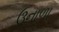
ઉનાળા